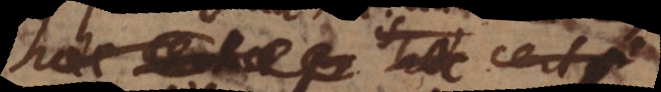
haec certae